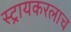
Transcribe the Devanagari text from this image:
स्ट्रायकरलाच